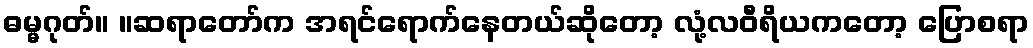
ဓမ္မဂုတ်။ ။ဆရာတော်က အရင်ရောက်နေတယ်ဆိုတော့ လုံ့လဝီရိယကတော့ ပြောစရာ